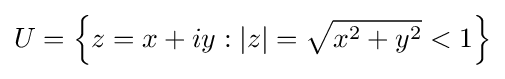
U=\left\{z=x+iy:|z|={\sqrt {x^{2}+y^{2}}}<1\right\}